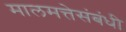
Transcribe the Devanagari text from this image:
मालमत्तेसंबंधी